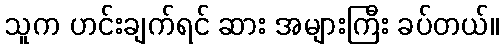
သူက ဟင်းချက်ရင် ဆား အများကြီး ခပ်တယ်။